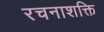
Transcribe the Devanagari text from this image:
रचनाशक्ति